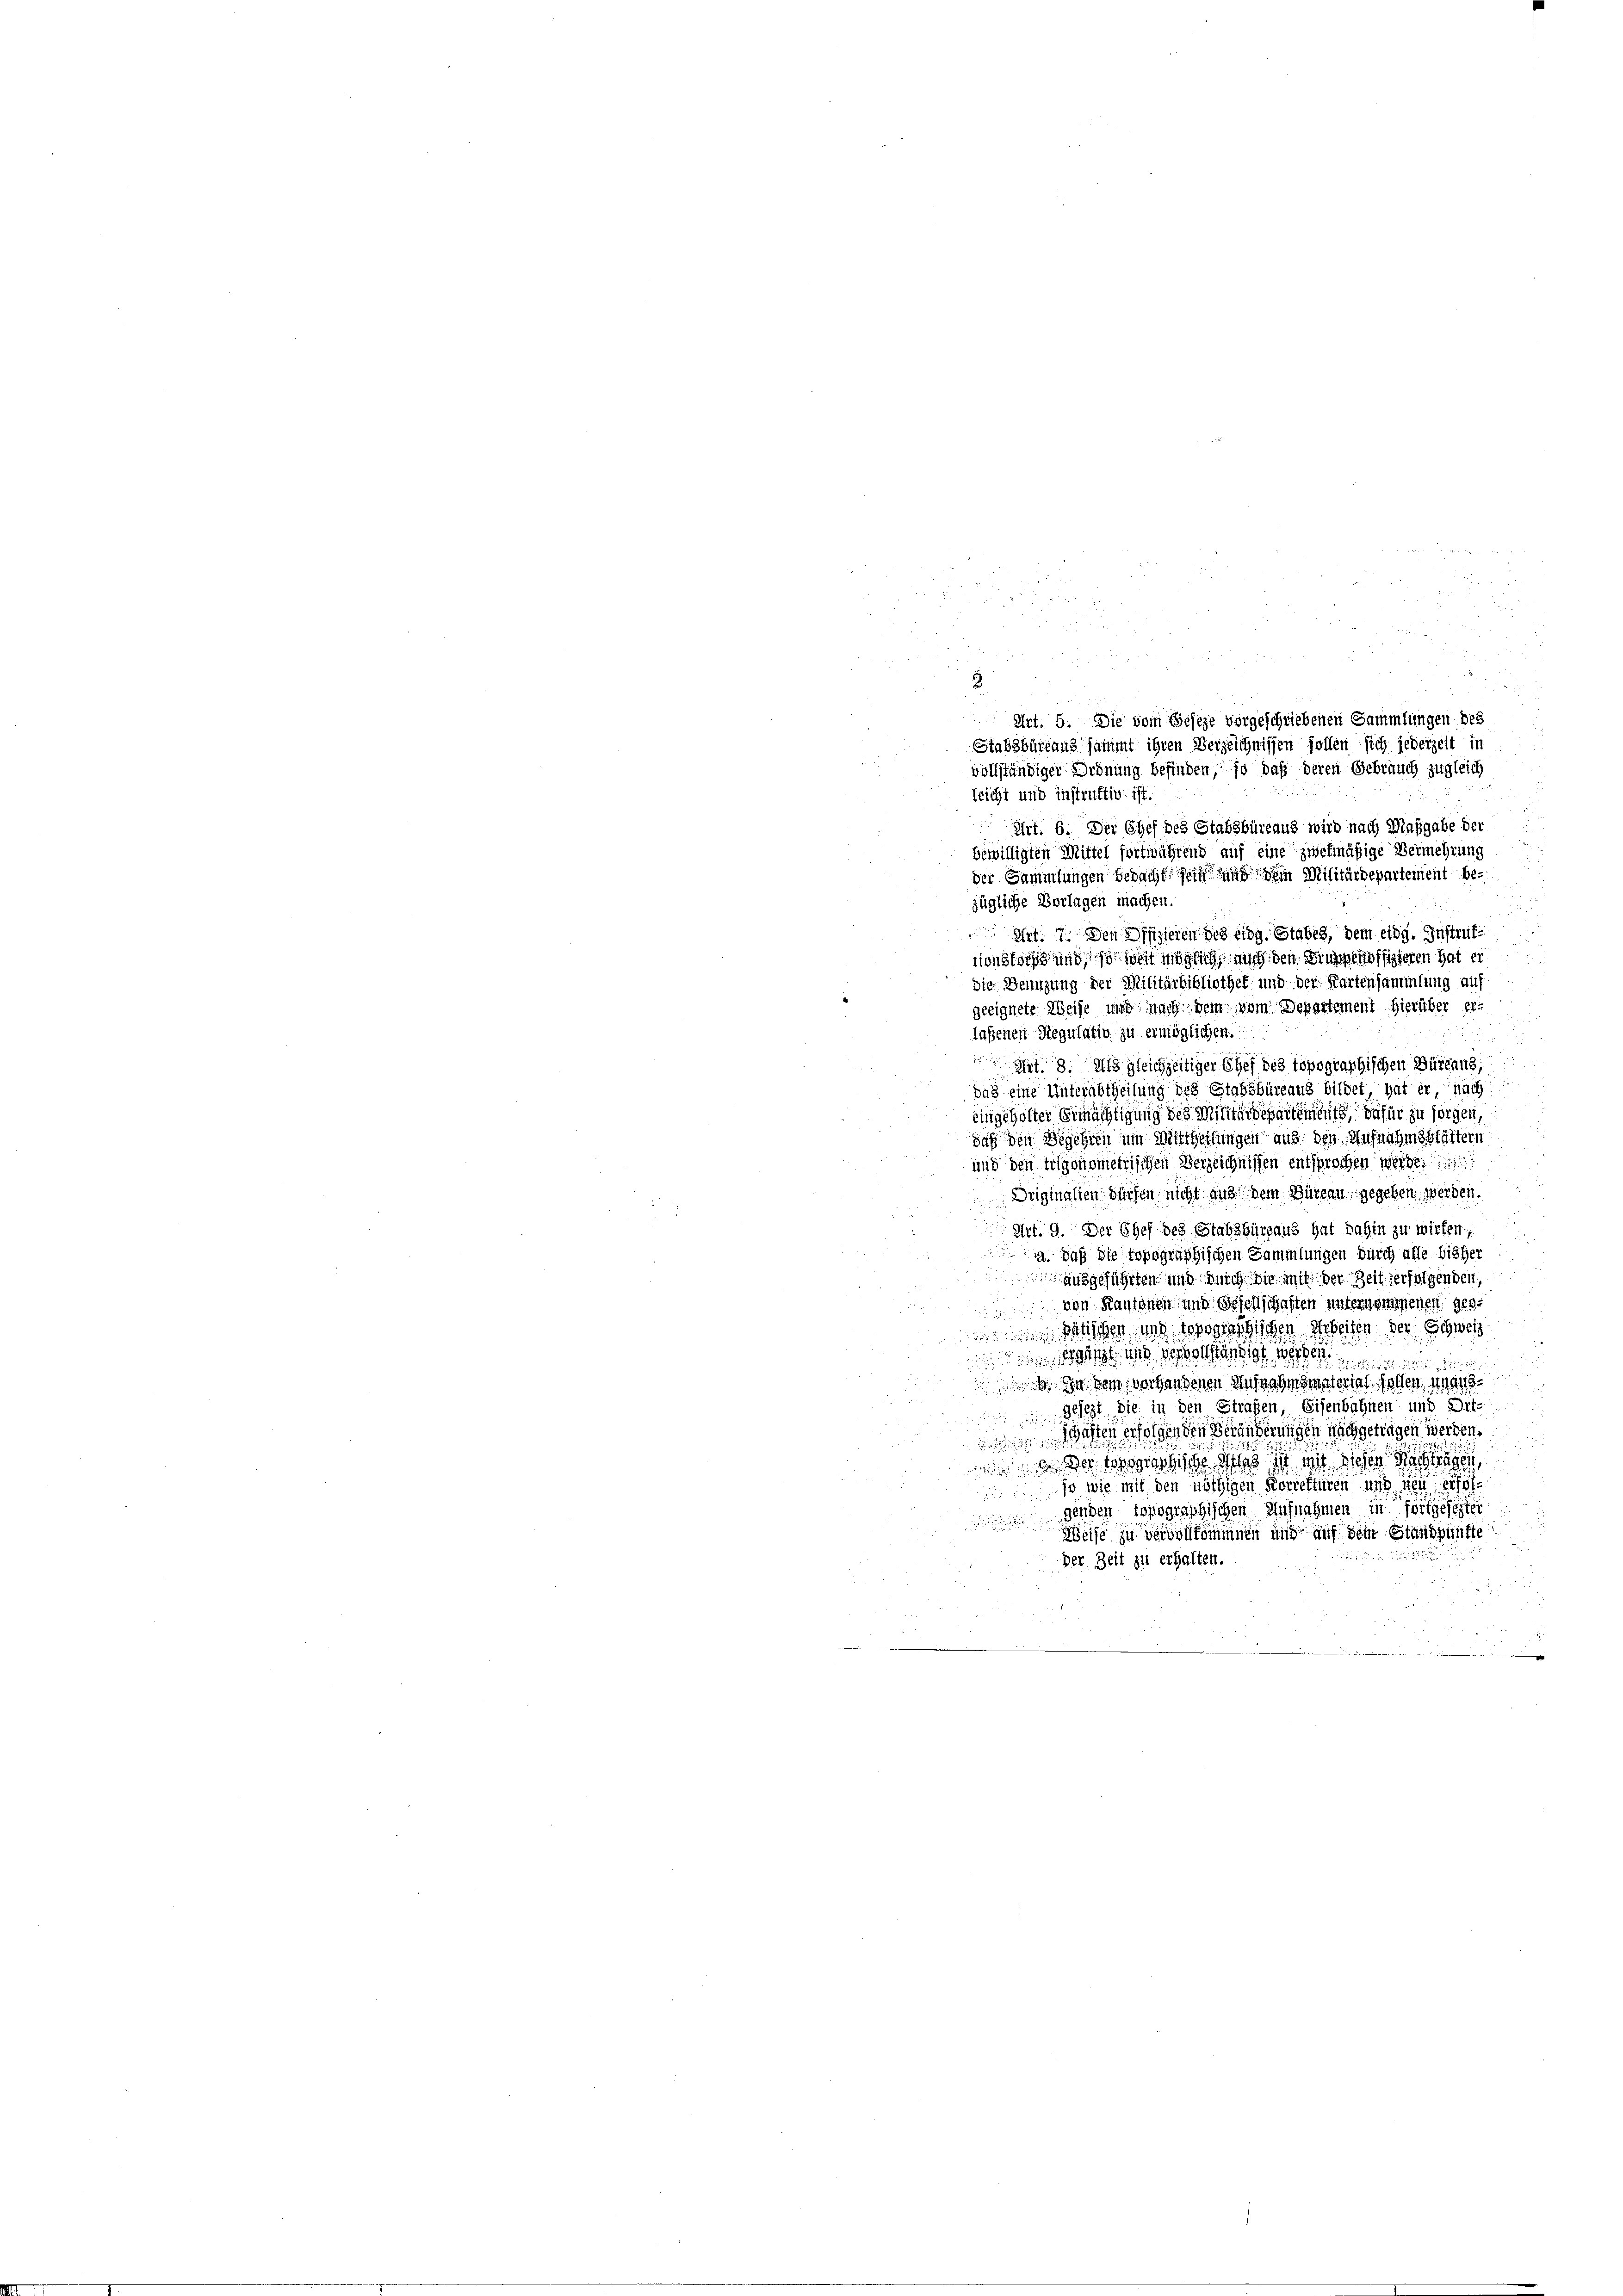
d
 3
i
 54 x
3
 Art. 5. Die vom Geseze vorgeschriebenen Sammlungen des
Stabsbüreaus sammt ihren Verzeichnissen sollen sich jederzeit in
vollständiger Ordnung befinden, so daß deren Gebrauch zugleich
leicht und instruktiv ist.

Art. 6. Der Chef des Stabsbüreaus wird nach Maßgabe der
bewilligten Mittel fortwährend auf eine zwekmäßige Vermehrung
zügliche Vorlagen machen.
Art. 7. Den Offizieren des eidg. Stabes, dem eidg. Instruftion stocht und so wohl möglich mich den Bruggenoffizieren hat er
die Benutzung der Militärbibliothek und der Kartensammlung auf
geeignete Weise und nach dem vom Departement hierüber er-
laßenen Regulativ zu ermöglichen.
Art. 18. Als gleichzeitiger Chef des topographischen Büreaus,
das eine Unterabtheilung des Stabsbureaus bildet, hat er nach
eingeholter Ermächtigung des Mittardepartements, dafür zu sorgen,
daß den Begehren um Mittheilungen aus den Aufnahmsblättern
und den trigonometrischen Verzeichnissen entsprochen werde.
Driginalien dürfen nicht aus dem Bureau gegeben werden.
Art. 9. Der Chef des Stabsbüreaus hat dahin zu wirken,
a. Daß die topographischen Sammlungen durch alle bisher
ausgeführten und durch die mit der Zeit verfolgenden,
von Kantonen und Gesellschaften unternommenen gessätischen und topographischen Arbeiten der Schweiz

 hart und vervollständigt werden.
ötter 182
 In dem vorhandenen Ausnahmsmaterial sollen, anatsgesezt, die in den Straßen Eisenbahnen und Ort-

asten erfolgenden Veränderungen nachgetragen werden.
 e der vorgethische das ist ist dieser S
jo wie mit den nöthigen Korreftüren und neu erfolgelben topographischen Aufnahmen in fortgefester
Weise zu Vervollkommnen und auf dem Standpunkte

der Zeit zu erhalten.

der Sammlungen bedacht, sein und den Militärdepartement be¬